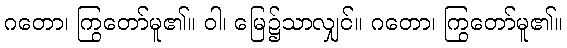
ဂတော၊ ကြွတော်မူ၏။ ဝါ၊ မြေ၌သာလျှင်။ ဂတော၊ ကြွတော်မူ၏။